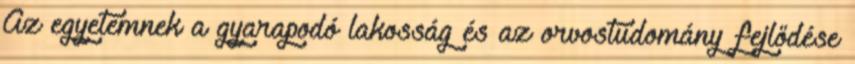
Az egyetemnek a gyarapodó lakosság és az orvostudomány fejlődése